Bréfritari: Gunnlaugur Einarsson
Viðtakandi: Einar Friðgeirsson
Dagsetning: A-1895-03-18
Skrifað á: Einarsnesi  Mýr.

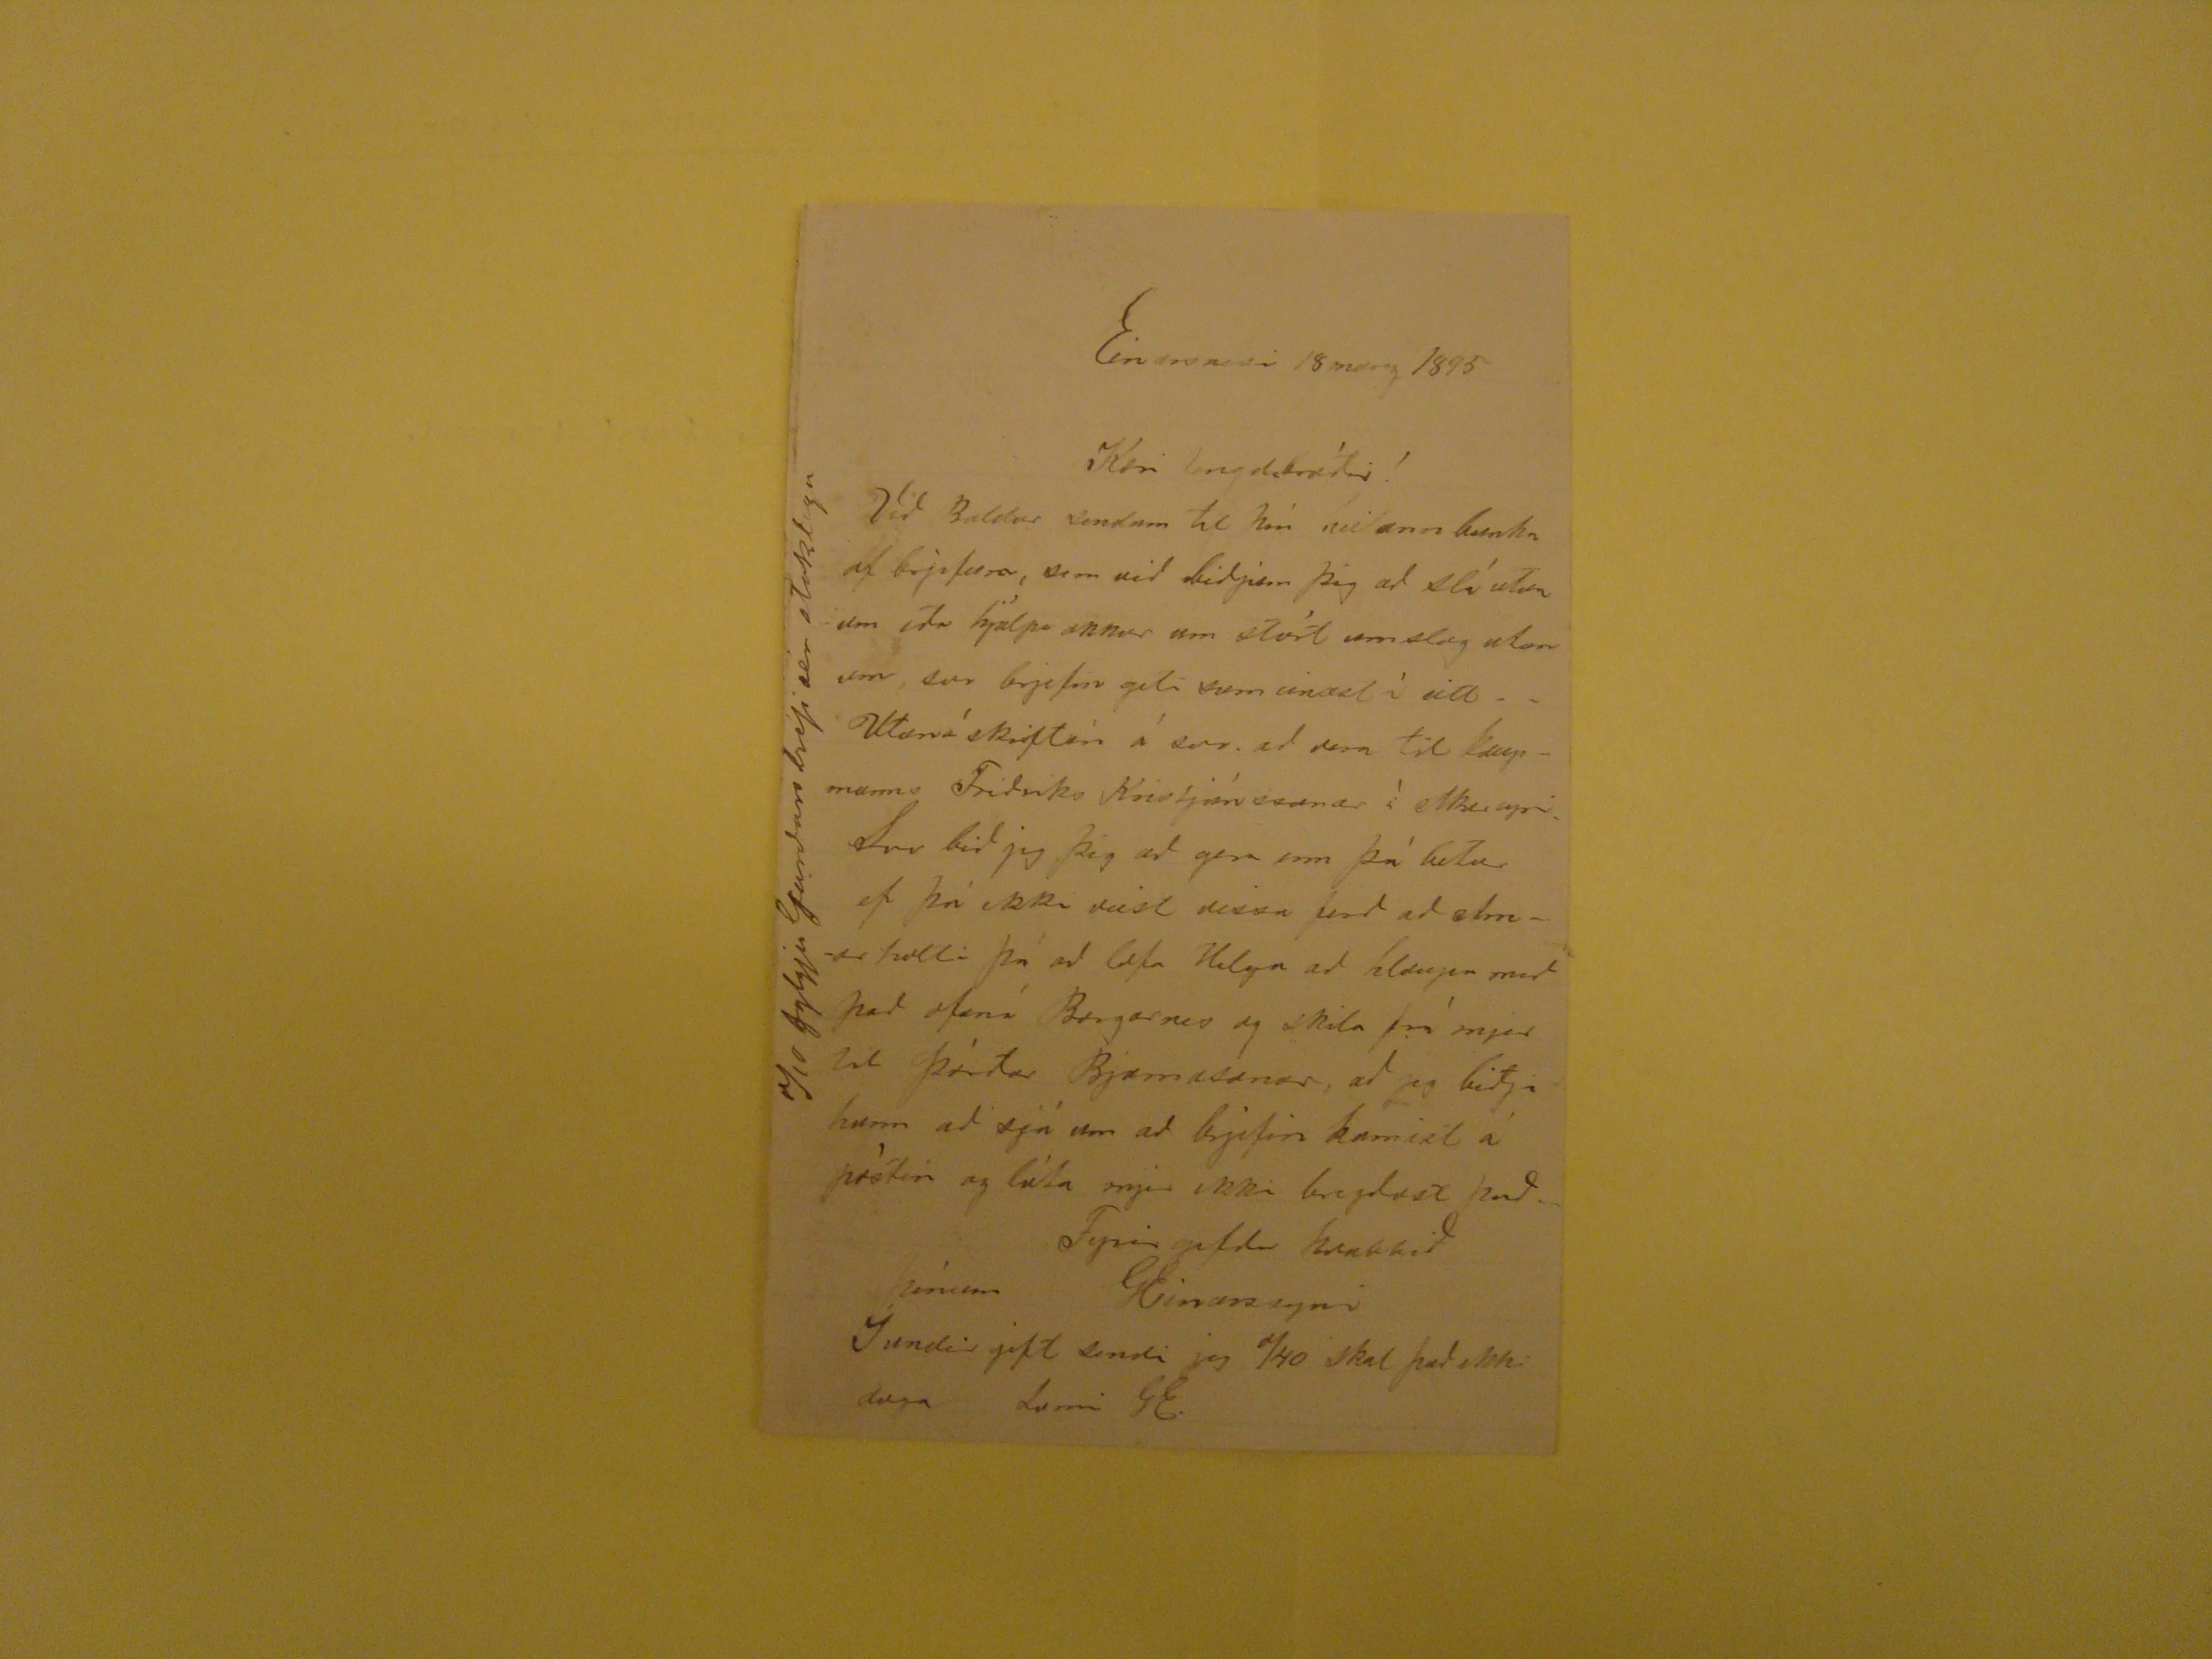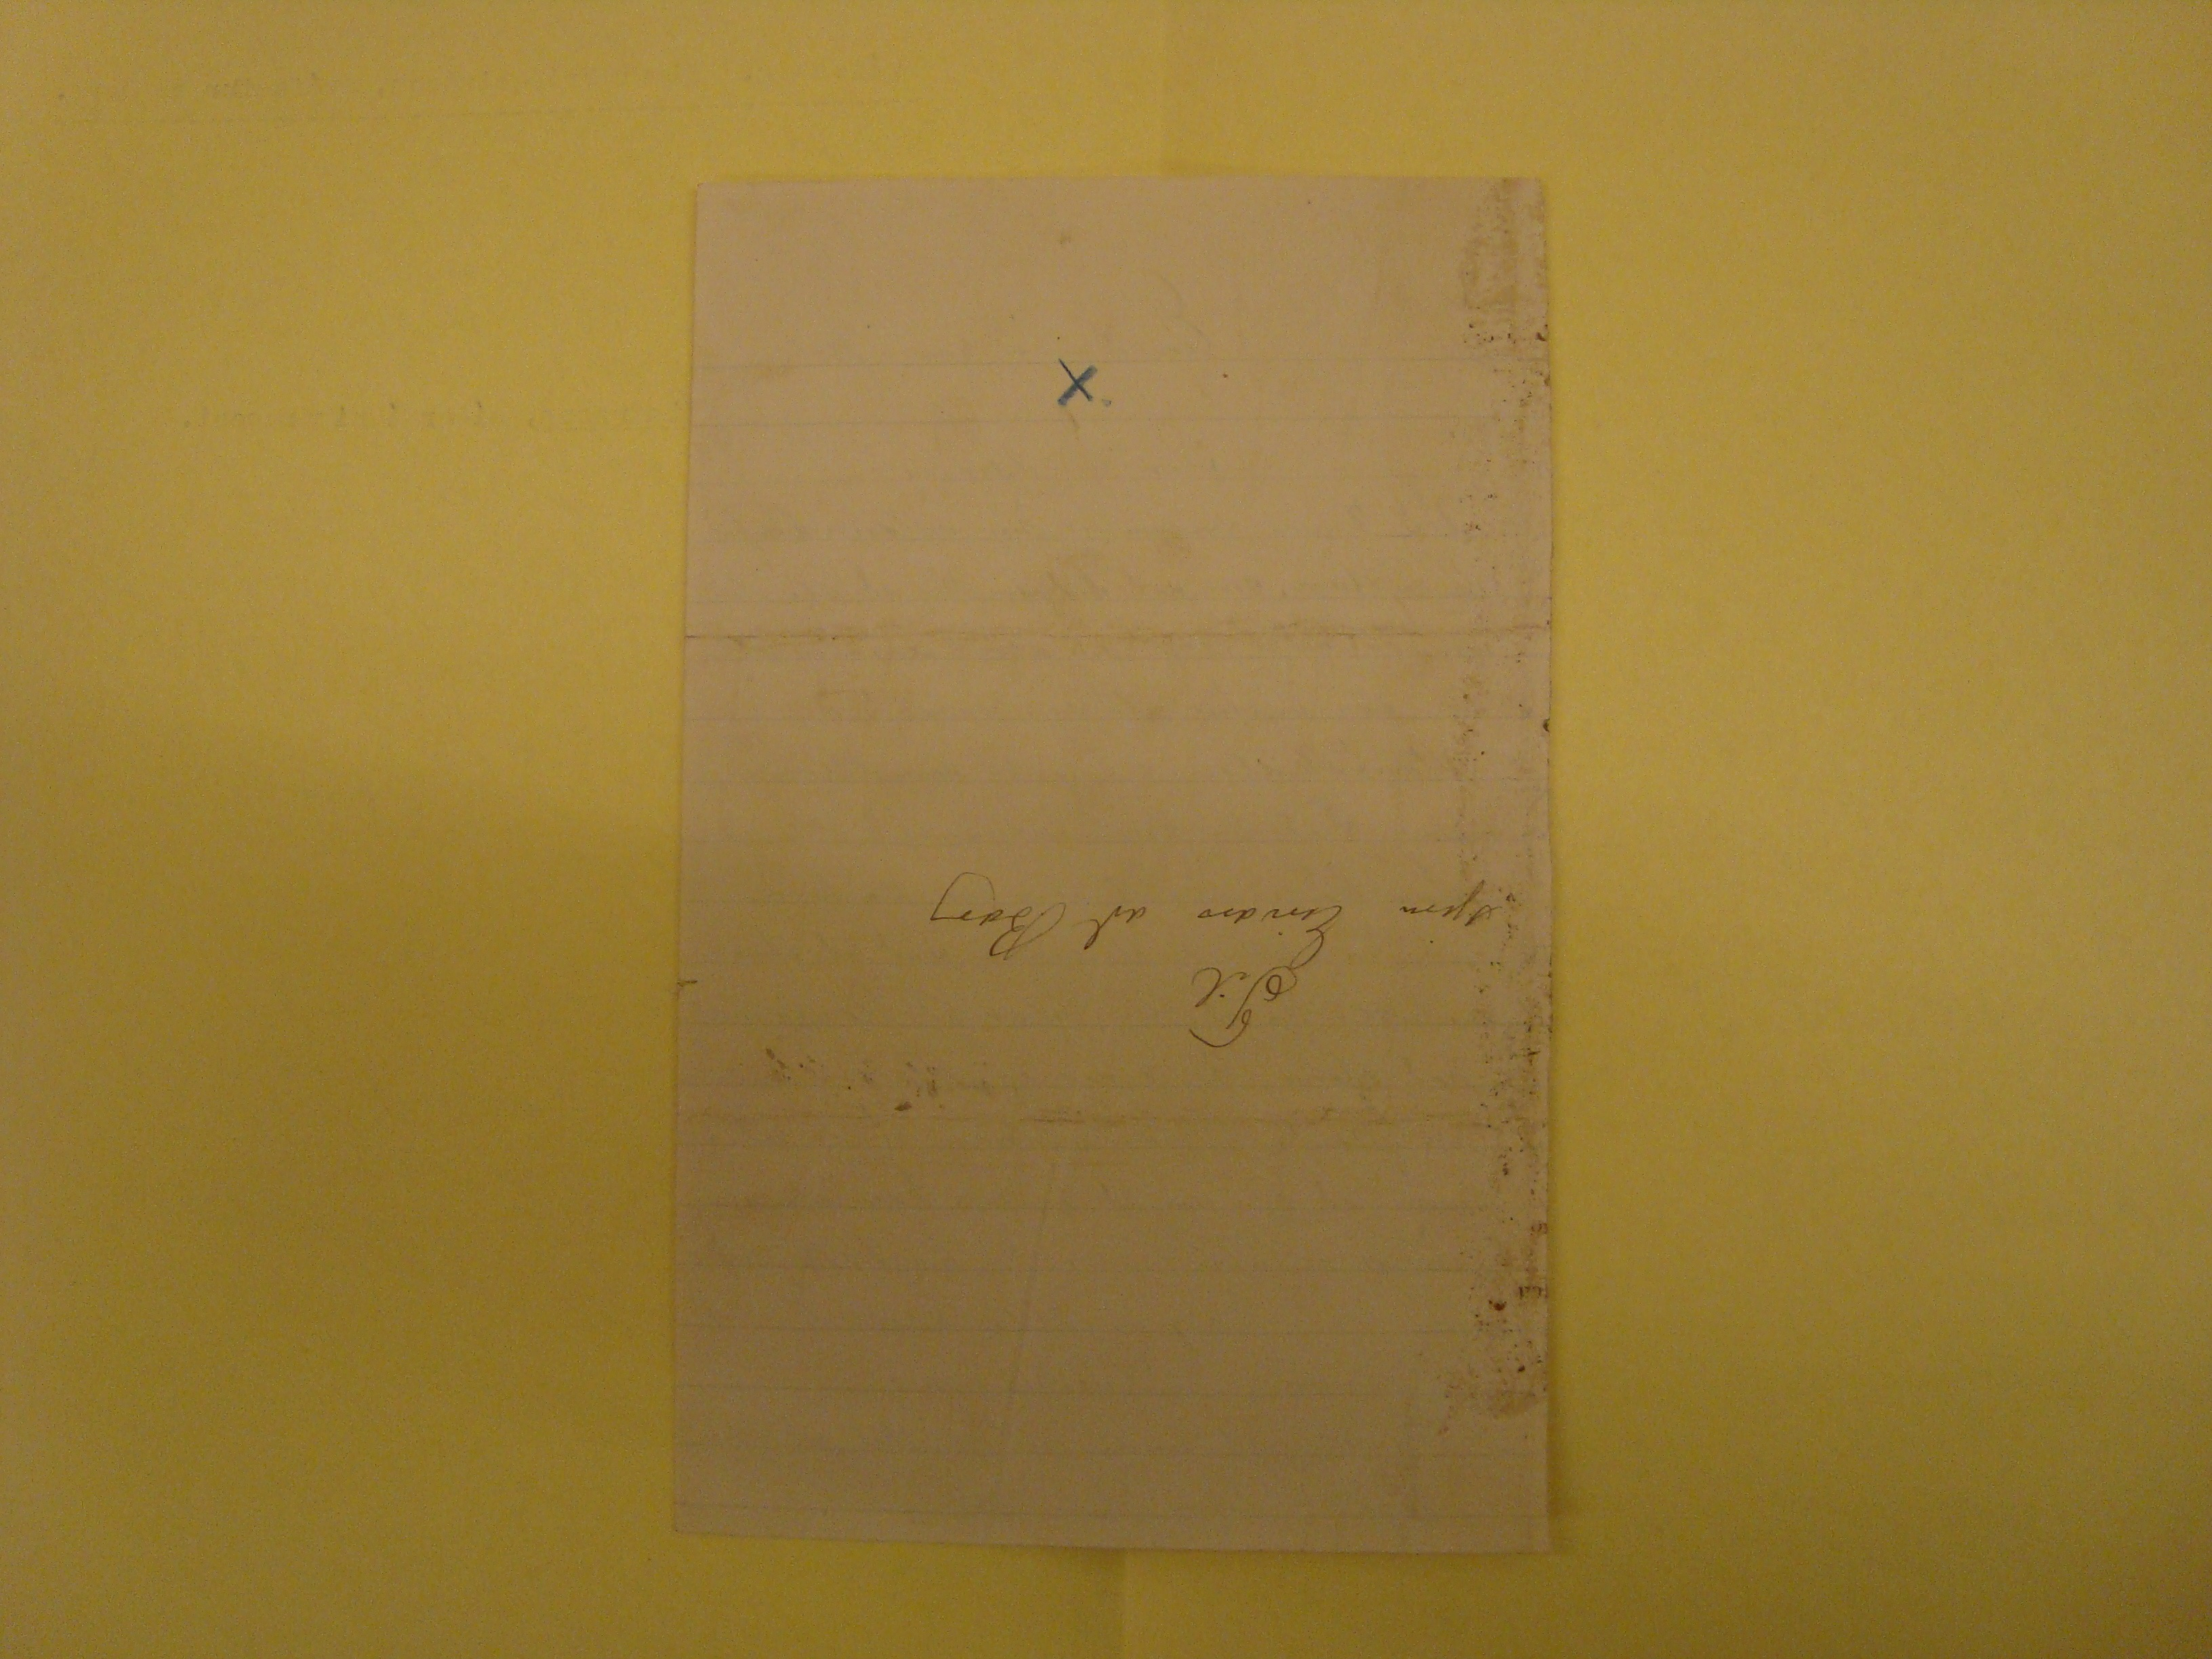

Einarsnesi 18 marz 1895
Kæri tengdabróðir!
Við Baldur sendum til þín heilann bunka af bréfum, sem við biðjum þig að slá utan um eða hjálpa okkur um stórt umslag utan um, svo brjefin geti sum einast í
eitt . . Utaná skriftin á svo að vera til kaupmanns Friðriks Kristjánssonar á Akureyri. Svo bið jeg þig að gera enn þá betur ef þú ekki veist vissa ferð að Arnar holli
þá að lofa Helga að hlaupa með það ofaná Borgarnes og skila frá mjer til Þórðar Bjarnasonar, að jeg biðji hann að sjá um að brjefin komist á póstin og láta mjer ekki
bregðast það
Fyrirgefðu kvabbið þínum
GEinarssyni
Í undir gift sendi jeg 740 skal það ekki duga sami GE:
Til
sjera Einars að Borg